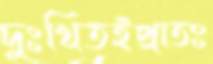
দুঃখিতইপ্রাতঃ